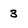
Character: 3